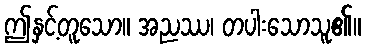
ဤနှင့်တူသော။ အညဿ၊ တပါးသောသူ၏။